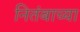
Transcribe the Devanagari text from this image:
नितंबाच्या